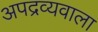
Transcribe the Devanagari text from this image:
अपद्रव्यवाला